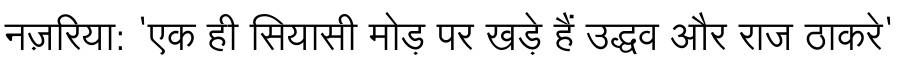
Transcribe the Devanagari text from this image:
नज़रिया: 'एक ही सियासी मोड़ पर खड़े हैं उद्धव और राज ठाकरे'